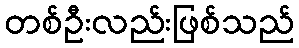
တစ်ဦးလည်းဖြစ်သည်